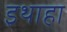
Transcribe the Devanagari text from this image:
इथाहा